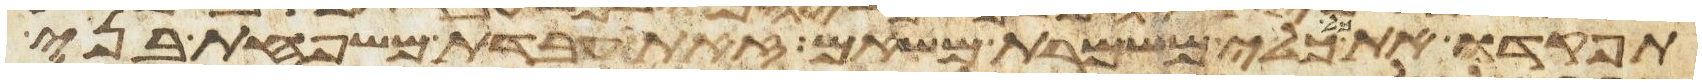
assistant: תפקדו את כל כלי משמרת משאם זאת עבדת משפחת בני